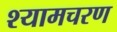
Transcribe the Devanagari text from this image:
श्यामचरण